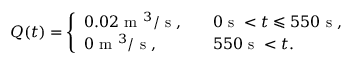
Q ( t ) = \left\{ \begin{array} { l l } { 0 . 0 2 \mathrm { ~ m ~ } ^ { 3 } / \mathrm { ~ s ~ } , \quad } & { 0 \mathrm { ~ s ~ } < t \leqslant 5 5 0 \mathrm { ~ s ~ } , } \\ { 0 \mathrm { ~ m ~ } ^ { 3 } / \mathrm { ~ s ~ } , \quad } & { 5 5 0 \mathrm { ~ s ~ } < t . } \end{array} \right.